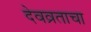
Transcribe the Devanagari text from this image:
देवव्रताचा